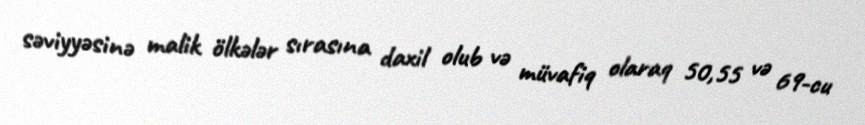
səviyyəsinə malik ölkələr sırasına daxil olub və müvafiq olaraq 50,55 və 69-cu